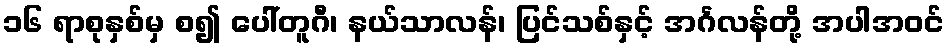
၁၆ ရာစုနှစ်မှ စ၍ ပေါ်တူဂီ၊ နယ်သာလန်၊ ပြင်သစ်နှင့် အင်္ဂလန်တို့ အပါအဝင်